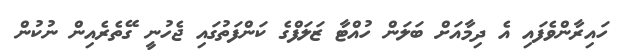
ހައިރާންވެފައި އެ ދިމާއަށް ބަލަން ހުއްޓާ ޒަލަފްގެ ކަންފަތުގައި ޖެހުނީ ގޭތެރެއިން ނުކުން